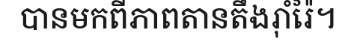
បានមកពីភាពតានតឹងរ៉ាំរ៉ៃ។